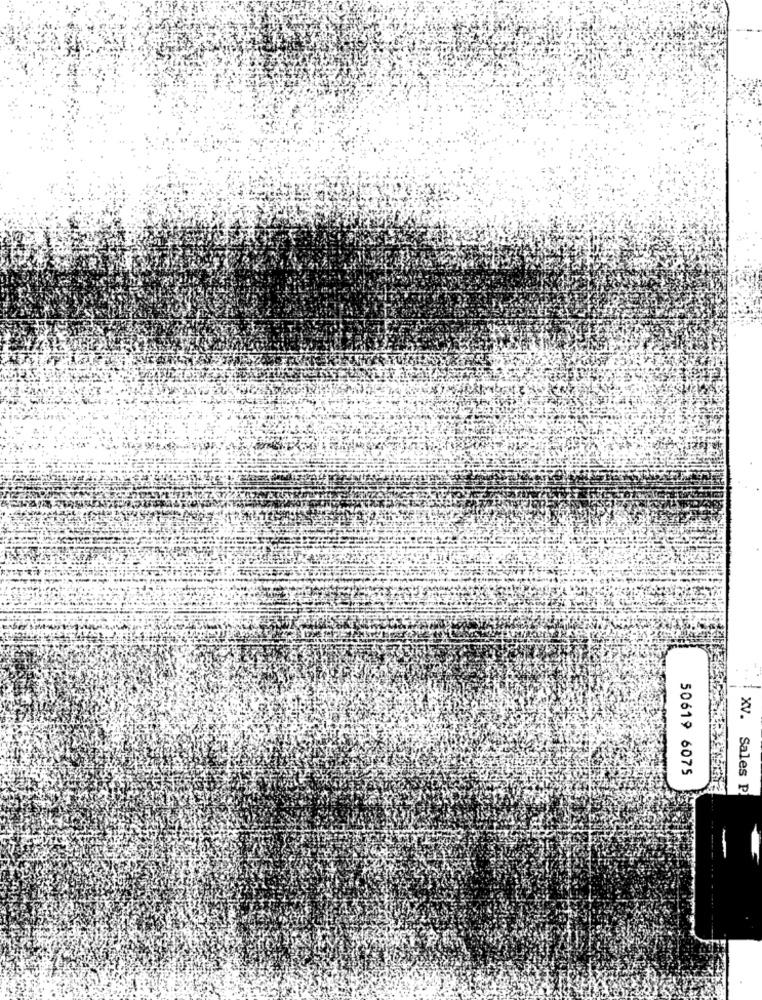
XV.
50619 6075
Sales P